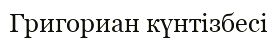
Григориан күнтізбесі